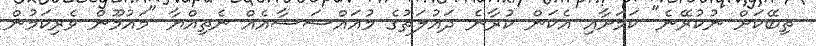
ތިބޭކަށް ނުކުރޭނެ" ކަމަށާއި އެކަން ކުރާނެ ދައުލަތުގެ މުއައްސަސާއެއް ނެތިއްޔާ "މައުމޫން ވެރިކަމުން